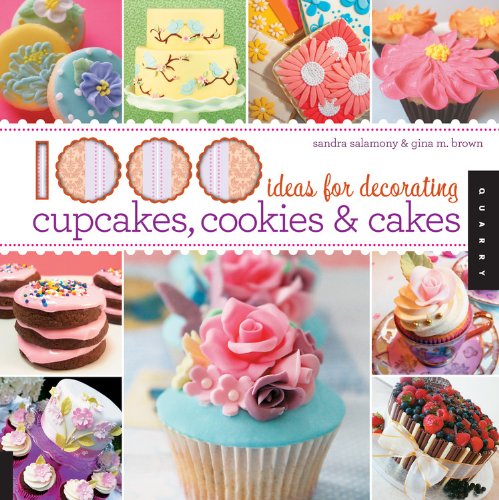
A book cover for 1,000 Ideas for Decorating Cupcakes, Cookies & Cakes; Gina M. Brown; Cookbooks, Food & Wine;